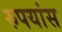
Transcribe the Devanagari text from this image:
रुपयांस